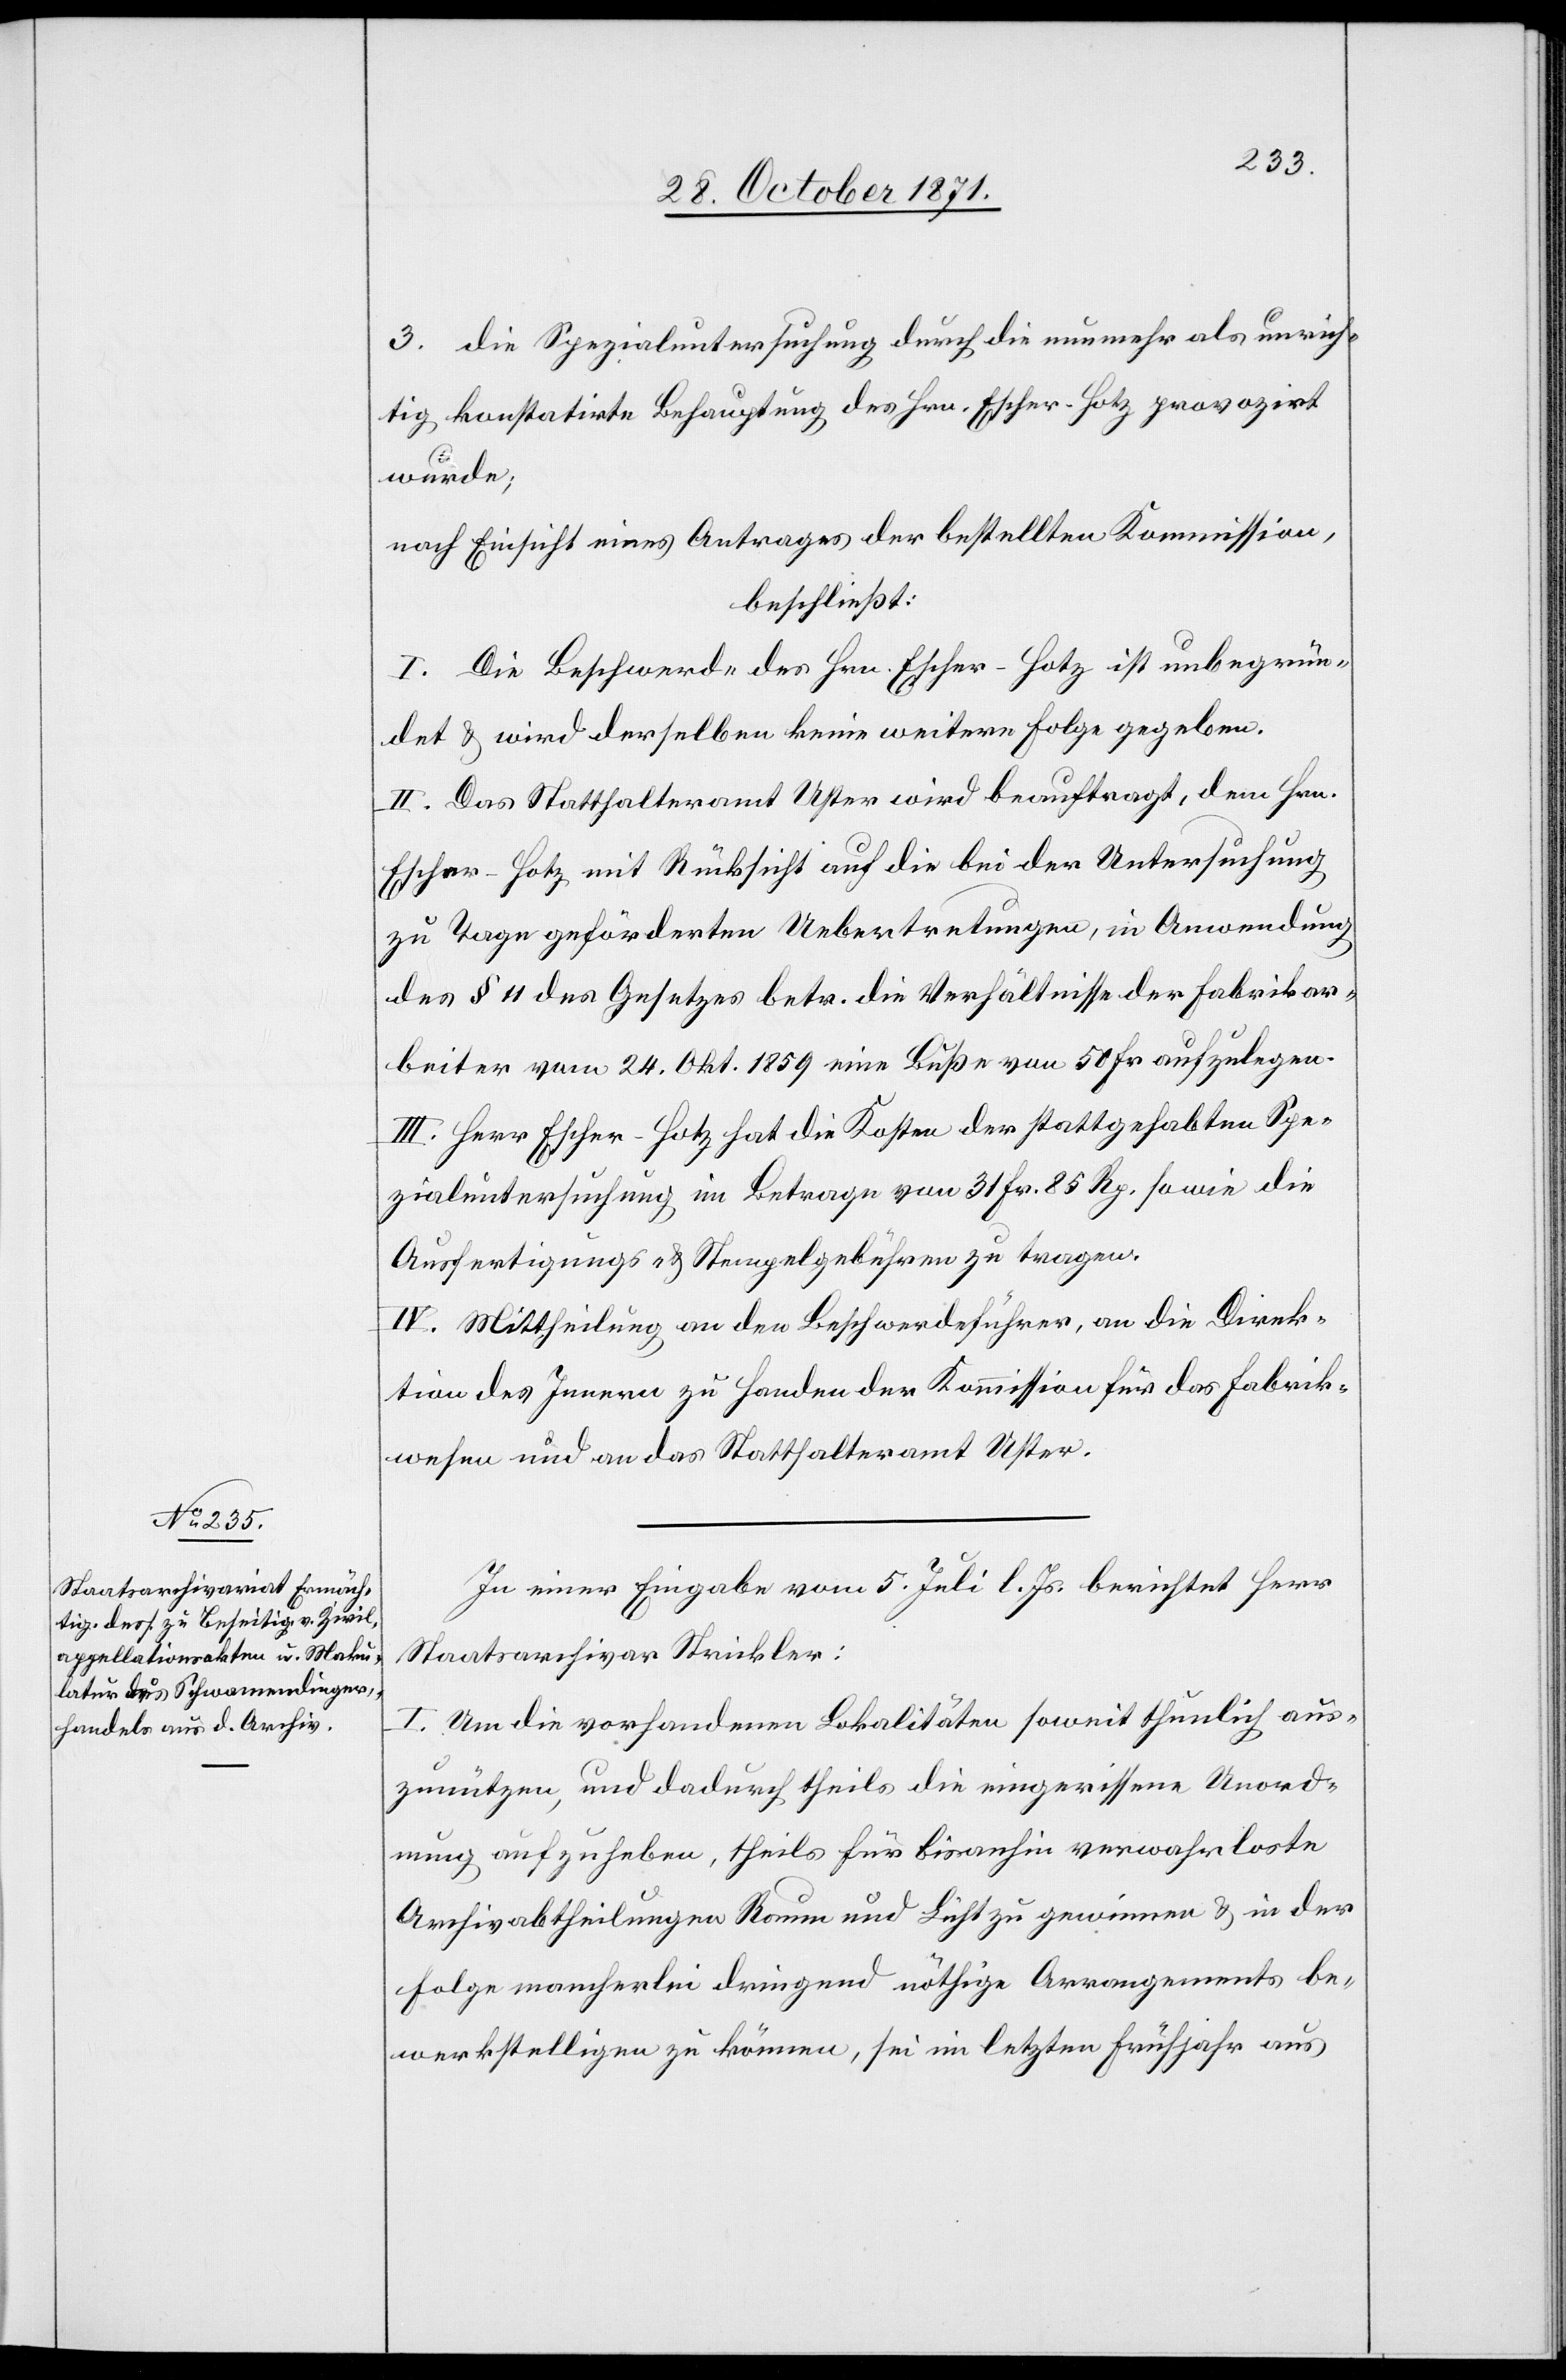
3. die Spezialuntersuchung durch die nunmehr als unrich¬
tig konstatirte Behauptung des Hrn. Escher-Hotz provozirt
wurde;
nach Einsicht eins Antrages der bestellten Kommission,
beschließt:
I. Die Beschwerde des Hrn. Escher-Hotz ist unbegrün¬
det & wird derselben keine weitere Folge gegeben.
II. Das Statthalteramt Uster wird beauftragt, dem Hrn.
Escher-Hotz mit Rücksicht auf die bei der Untersuchung
zu Tage geförderten Uebertretungen, in Anwendung
des § 11 des Gesetzes betr. die Verhältnisse der Fabrikar¬
beiter vom 24. Okt. 1859 eine Buße von 50 Fr. aufzulegen.
III. Herr Escher-Hotz hat die Kosten der stattgehabten Spe¬
zialuntersuchung im Betrage von 31 Fr. 85 Rp. sowie die
Ausfertigungs- & Stempelgebühren zu tragen.
IV. Mittheilung an den Beschwerdeführer, an die Direk¬
tion des Innern zu Handen der Kommission für das Fabrik¬
wesen und an das Statthalteramt Uster.
In einer Eingabe vom 5. Juli l. Js. berichtet Herr
Staatsarchivar Strickler:
I. Um die vorhandenen Lokalitäten soweit thunlich aus¬
zunützen, und dadurch theils die eingerissene Unord¬
nung aufzuheben, theils für bisanhin verwahrloste
Archivabtheilungen Raum und Luft zu gewinnen & in der
Folge mancherlei dringend nöthige Arrangements be¬
werkstelligen zu können, sei im letzten Frühjahr aus